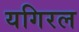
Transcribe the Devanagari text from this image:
यगिरल